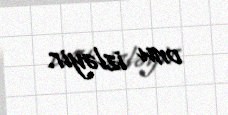
onu izləyir.